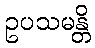
ဥပသမန္တိ